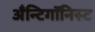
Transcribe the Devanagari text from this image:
अँन्टिगॉनिस्ट